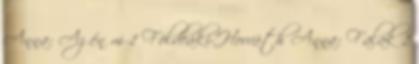
Anna: Az én m 1 Földeáki-Horváth Anna: Falak 1